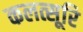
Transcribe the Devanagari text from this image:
कलत्सूरि